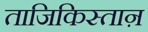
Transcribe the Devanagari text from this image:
ताजिकिस्ताऩ